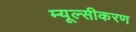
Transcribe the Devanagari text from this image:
म्यूल्सीकरण